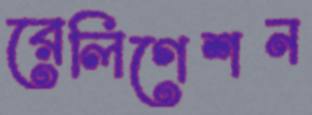
রেলিগেশন